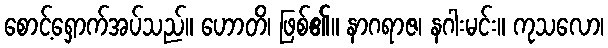
စောင့်ရှောက်အပ်သည်။ ဟောတိ၊ ဖြစ်၏။ နာဂရာဇ၊ နဂါးမင်း။ ကုသလော၊